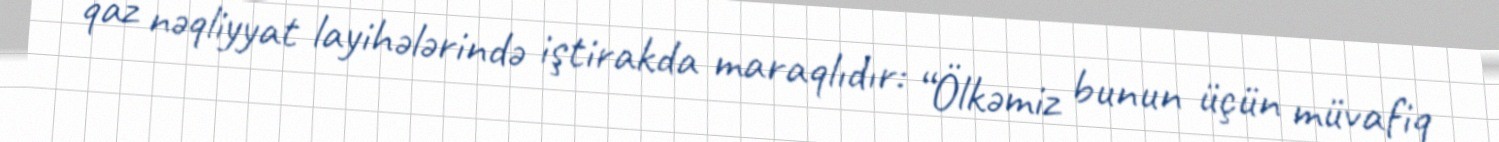
qaz nəqliyyat layihələrində iştirakda maraqlıdır: “Ölkəmiz bunun üçün müvafiq